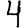
Digit: 4